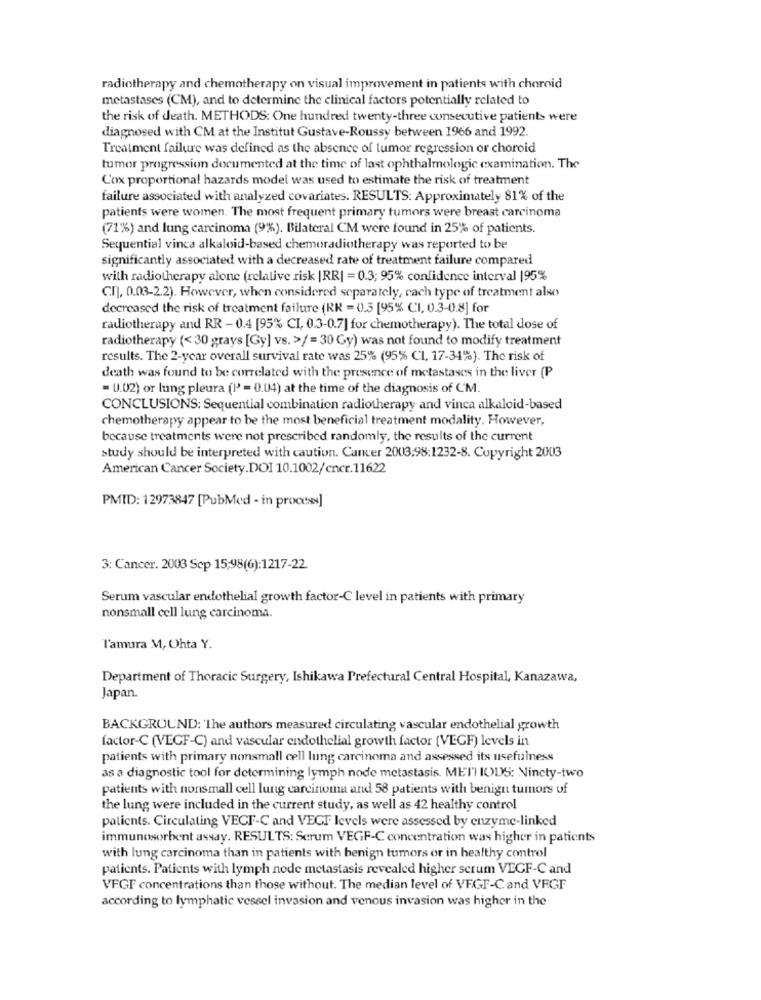
radiotherapy and chemotherapy on visual improvement in patients with choroid
metastases (CM), and to determine the clinical factors potentially related to
the risk of death. METHODS: One hundred twenty-three consecutive patients were
diagnosed with CM at the Institut Gustave-Roussy between 1966 and 1992.
Treatment failure was defined as the absence of tumor regression or choroid
tumor progression documented at the time of last ophthalmologic examination. The
C'ox proportional hazards model was used to estimate the risk of treatment
failure associated with analyzed covariates. RESULTS: Approximately 81% of the
patients were women. The most frequent primary tumors were breast carcinoma
(71%) and lung carcinoma (9%). Bilateral CM were found in 25% of patients.
Sequential vinca alkaloid-based chemoradiotherapy was reported to be
significantly associated with a decreased rate of treatment failure compared
with radiotherapy alone (relative risk |RR| = 0.3; 95% confidence interval |95%
C.[], 0.03-2.2). However, when considered separately, each type of treatment also
decreased the risk of treatment failure (RR = 0.3 [95% CI, 0.3-0.8] for
radiotherapy and RR - 0.4 [95% CI, 0.3-0.7] for chemotherapy). The total dose of
radiotherapy (< 30 grays [Gy] vs. >/ = 30 Gy) was not found to modify treatment
results. The 2-year overall survival rate was 25% (95% CI, 17-34%). The risk of
death was found to be correlated with the presence of metastases in the liver (P
- U.U2) or lung pleura (I' = 0.04) at the time of the diagnosis of CM.
CONCLUSIONS: Sequential combination radiotherapy and vinca alkaloid-based
chemotherapy appear to be the most beneficial treatment modality. However,
because treatments were not prescribed randomly, the results of the current
study should be interpreted with caution. Cancer 2003:98:1232-8. Copyright 2003
American Cancer Society.DOI 10.1002/cncr.11622
PMID: 12973847 [PubMed - in process]
3: Cancer. 2003 Sep 15;98(6):1217-22.
Serum vascular endothelial growth factor-C level in patients with primary
nonsmall cell lung carcinoma.
l'amura M, Ohta Y.
Department of Thoracic Surgery, Ishikawa Prefectural Central Hospital, Kanazawa,
Japan
BACKGROUND: 'The authors measured circulating vascular endothelial growth
factor-C (VEGF-C) and vascular endothelial growth factor (VEGF) levels in
patients with primary nonsmall cell lung carcinoma and assessed its usefulness
as a diagnostic tool for determining lymph node metastasis. METHODS: Ninety-two
patients with nonsmall cell lung carcinoma and 58 patients with benign tumors of
the lung were included in the current study, as well as 42 healthy control
patients. Circulating VECF-C and VECT levels were assessed by enzyme-linked
immunosorbent assay. RESULTS: Scrum VEGF-C concentration was higher in patients
with lung carcinoma than in patients with benign tumors or in healthy control
patients. Patients with lymph node metastasis revealed higher scrum VEGF-C and
VEGF concentrations than those without. The median level of VFGF-C and VEGF
according to lymphatic vessel invasion and venous invasion was higher in the